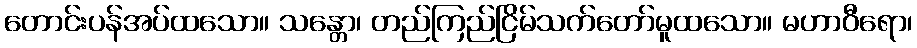
တောင်းပန်အပ်ထသော။ သန္တော၊ တည်ကြည်ငြိမ်သက်တော်မူထသော။ မဟာဝီရော၊